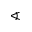
\sphericalangle